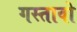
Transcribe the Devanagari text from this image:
गस्तावो